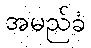
အမည်ခံ